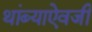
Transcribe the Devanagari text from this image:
थांब्याऐवजी